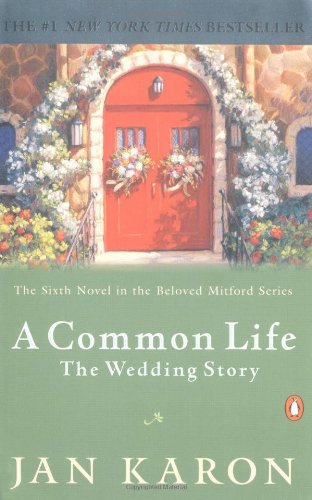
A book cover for A Common Life: The Wedding Story (The Mitford Years #6); Jan Karon; Literature & Fiction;